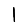
Digit: 1